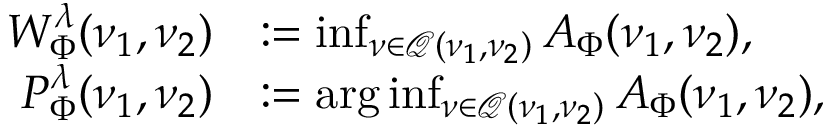
\begin{array} { r l } { W _ { \Phi } ^ { \lambda } ( \nu _ { 1 } , \nu _ { 2 } ) } & { : = \operatorname* { i n f } _ { \nu \in \mathcal { Q } ( \nu _ { 1 } , \nu _ { 2 } ) } A _ { \Phi } ( \nu _ { 1 } , \nu _ { 2 } ) , } \\ { P _ { \Phi } ^ { \lambda } ( \nu _ { 1 } , \nu _ { 2 } ) } & { : = \arg \operatorname* { i n f } _ { \nu \in \mathcal { Q } ( \nu _ { 1 } , \nu _ { 2 } ) } A _ { \Phi } ( \nu _ { 1 } , \nu _ { 2 } ) , } \end{array}